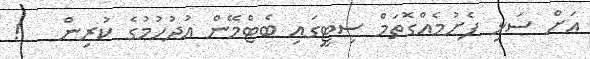
އަށް ސަޅި ފެށުމެއްގޮތަމް ސިޓީގައި ބެޓްމޭން އުދުހުމުގެ ކުރިން   !